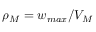
\rho _ { M } = { w _ { m a x } } / { V _ { M } }